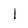
Character: l